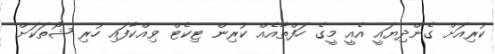
ކުރިއަށް ގެންދިޔައީ އެއީ މީގެ ހަފްތާއެއް ކުރިން ޓިކެޓް ވިއްކާފައި ހުރި ޝޯތަކަށް